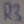
Text: R3